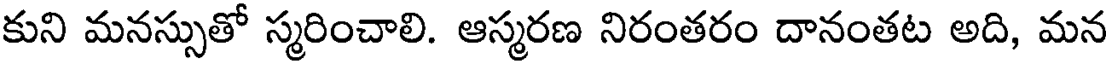
కుని మనస్సుతో స్మరించాలి. ఆస్మరణ నిరంతరం దానంతట అది, మన